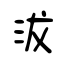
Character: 沷